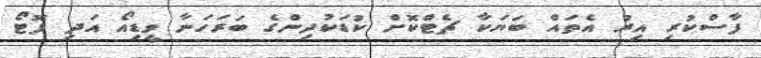
ފާސްކުރި އިރު އެތައް ބަޔަކާ ޗެޓްކޮށް ކުޑަކުދިންގެ ބަރަހަނާ ވީޑިއޯ އަދި ފޮޓޯ